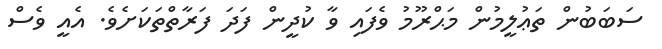
ސަބަބުން ތަޢުލީމުން މަޙްރޫމު ވެފައި ވާ ކުދީން ފަދަ ފަރާތްތަކަށެވެ. އެއީ ވެސް